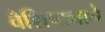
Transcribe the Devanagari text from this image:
वैशिष्ट्याचे